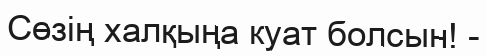
Сөзің халқыңа куат болсын! -